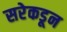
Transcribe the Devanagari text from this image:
सरेकडून